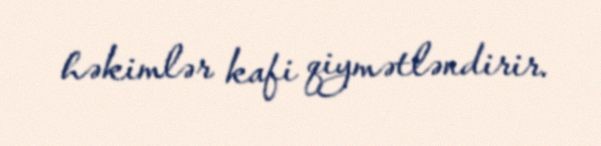
həkimlər kafi qiymətləndirir.